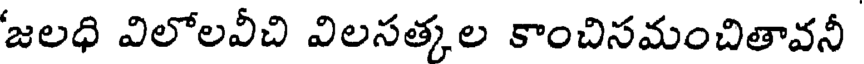
జలధి విలోలవీచి విలసత్కల కాంచిసమంచితావనీ